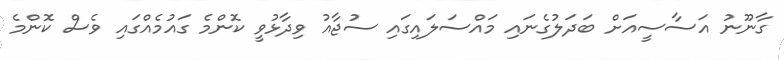
ގާނޫނު އަސާސީއަށް ބަދަލުގެނައި މައްސަލައިގައި ސުޖާއު ވިދާޅުވީ ކޮންމެ ގައުމެއްގައި ވެސް ކޮންމެ